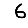
Digit: 6